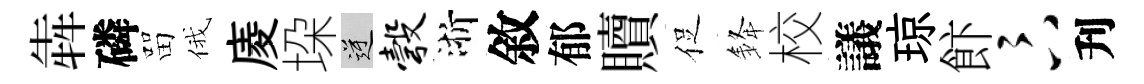
犇磷㽞俄庱垜逆彀浙敘郁贖促𨦟校議琼飰卞刋